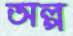
অল্প